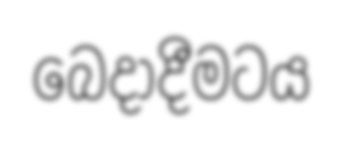
බෙදාදීමටය